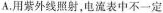
A.用紫外线照射，电流表中不一定